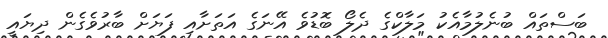
ބަސްތައް ބުނެލުމާއެކު މަލާކްގެ ދެލޯ ބޮޑުވެ އޭނަގެ އަތަށާއި ފަޔަށް ބާރުވެގެން ދިޔައީ